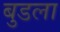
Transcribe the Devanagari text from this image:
बुडला